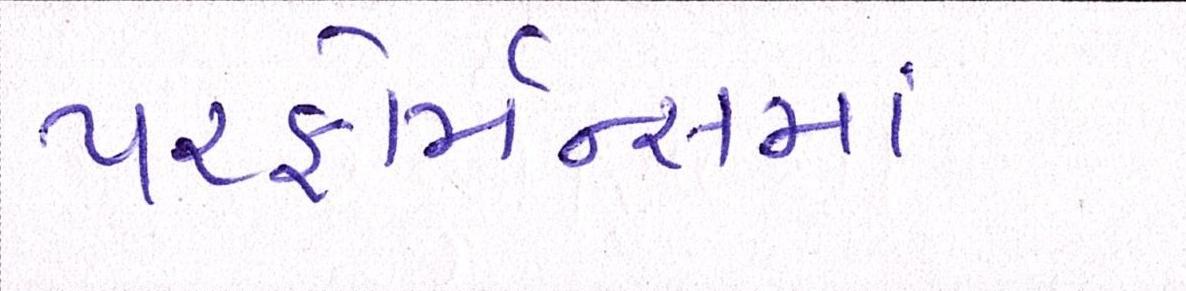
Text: પરફોર્મન્સમાં